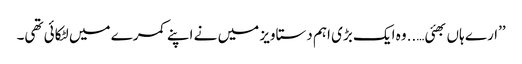
’’ارے ہاں بھئی…..وہ ایک بڑی اہم دستاویز میں نے اپنے کمرے میں لٹکائی تھی۔